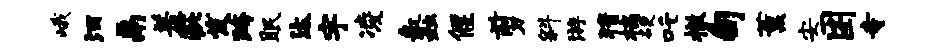
峨酒鬲羞疵发跨眠汰宇凌蠡偃剪斜游猜槁硬吒撤甸薰安困寺